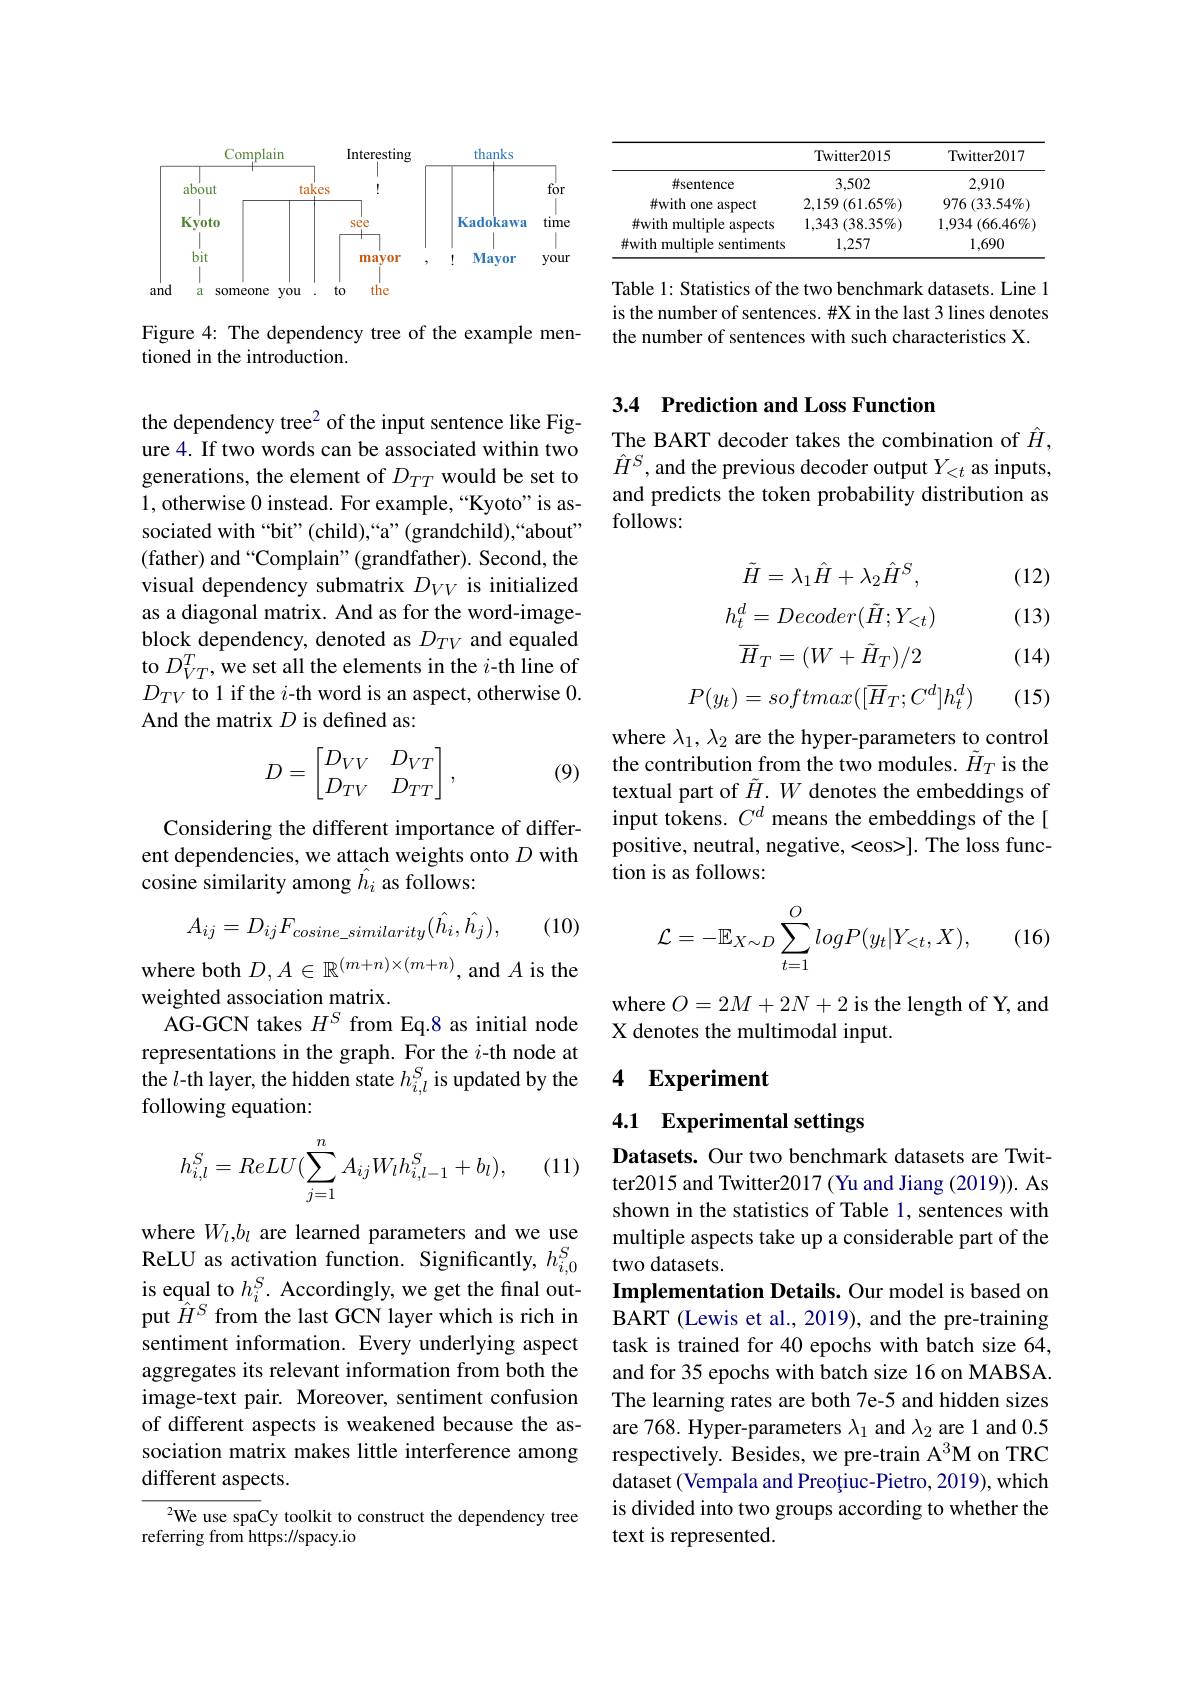
<FigureHere>

Figure 4: The dependency tree of the example men-
tioned in the introduction.

the dependency tree2 of the input sentence like Figure 4. If two words can be associated within two generations, the element of $D_{TT}$ would be set to 1, otherwise 0 instead. For example,“Kyoto" is associated with “bit”(child),“a”(grandchild),“about" (father) and “Complain”(grandfather). Second, the visual dependency submatrix $D_{VV}$ is initialized as a diagonal matrix. And as for the word-imageblock dependency, denoted as $D_{TV}$ and equaled to $D_{VT}^T$,we set all the elements in the $i$-th line of $D_{TV}$ to 1 if the $i$-th word is an aspect, otherwise 0. And the matrix $D$ is defined as:
$$D=\begin{bmatrix}D_{VV}&D_{VT}\\D_{TV}&D_{TT}\end{bmatrix},$$
(9)

Considering the different importance of different dependencies, we attach weights onto $D$ with cosine similarity among $\hat{h}_i$ as follows:
$$A_{ij}=D_{ij}F_{cosine_similarity}(\hat{h_{i}},\hat{h_{j}}),$$
(10)

where both $D,A\in\mathbb{R}^{(m+n)\times(m+n)}$,and $A$ is the
weighted association matrix.
AG-GCN takes $H^{S}$ from Eq.8 as initial node representations in the graph. For the $i$-th node at the $l$-th layer, the hidden state $h_{i,l}^S$ is updated by the following equation:

(11)
$$h_{i,l}^S=ReLU(\sum_{j=1}^nA_{ij}W_lh_{i,l-1}^S+b_l),$$
where $W_{l},b_{l}$ are learned parameters and we use put $\hat{H}^{S}$ from the last GCN layer which is rich in sentiment information. Every underlying aspect aggregates its relevant information from both the image-text pair. Moreover, sentiment confusion of different aspects is weakened because the association matrix makes little interference among different aspects.

We use spaCy toolkit to construct the dependency tree
referring from https://spacy.io

<table>
	<tbody>
		<tr>
			<th> </th>
			<th>Twitter2015</th>
			<th>Twitter2017</th>
		</tr>
		<tr>
			<td>#sentence</td>
			<td>3,502</td>
			<td>2,910</td>
		</tr>
		<tr>
			<td>$\#$with one aspect</td>
			<td>$2,159\left(61.65\%\right)$</td>
			<td>976 $( 33. 54\% )$</td>
		</tr>
		<tr>
			<td>$\#$with multiple aspects 1:</td>
			<td>1,343 $( 38. 35\% )$</td>
			<td>1,934 $( 66. 46\%$</td>
		</tr>
		<tr>
			<td>#with multiple sentiments</td>
			<td>1,257</td>
			<td>1,690</td>
		</tr>
	</tbody>
</table>

Table 1: Statistics of the two benchmark datasets. Line 1 is the number of sentences. #X in the last 3 lines denotes the number of sentences with such characteristics X.

## 3.4 Prediction and Loss Function

The BART decoder takes the combination of $\hat{H}$, $\hat{H}^{S}$,and the previous decoder output $Y_<t$ as inputs, and predicts the token probability distribution as follows:

(12)

(13)
$$\tilde{H}=\lambda_1\hat{H}+\lambda_2\hat{H}^S,$$
$$h_t^d=Decoder(\tilde{H};Y_{<t})$$
$$\overline{H}_T=(W+\tilde{H}_T)/2$$
$$P(y_t)=softmax([\overline{H}_T;C^d]h_t^d)$$
(14)

(15)

where $\lambda_1,\lambda_2$ are the hyper-parameters to control the contribution from the two modules. $\tilde{H}_T$ is the textual part of $\tilde{H}.W$ denotes the embeddings of input tokens. $C^d$ means the embeddings of the[ positive, neutral, negative, <eos>]. The loss function is as follows:

(16)
$$\mathcal{L}=-\mathbb{E}_{X\sim D}\sum_{t=1}^OlogP(y_t|Y_{<t},X),$$
where $O=2M+2N+2$ is the length of Y, and
X denotes the multimodal input.

# 4 Experiment

4.1 Experimental settings

Datasets. Our two benchmark datasets are Twitter2015 and Twitter2017 (Yu and Jiang (2019)). As shown in the statistics of Table 1, sentences with multiple aspects take up a considerable part of the
ReLU as activation function. Significantly, $h_{i, 0}^{S}$two datasets. is equal to $h_{i}^{S}.$ Accordingly, we get the final out- $\textbf{Implementa}$
Implementation Details. Our model is based on $\bar{\text{BART(Lewis et al.,2019), and the pre-training}}$ task is trained for 40 epochs with batch size 64, and for 35 epochs with batch size 16 on MABSA. The learning rates are both 7e-5 and hidden sizes are 768. Hyper-parameters $\lambda_1$ and $\lambda_2$ are 1 and 0.5 respectively. Besides, we pre-train A$^{3}$M on TRC dataset (Vempala and Preoțiuc-Pietro, 2019), which is divided into two groups according to whether the text is represented.